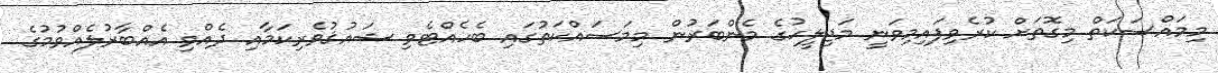
މިމައްސަކަތް މިގޮތަށް ކުރެވިފައިމިވަނީ މަޖިލީހުގެ މެންބަރުން މިމަސައްކަތުގައި ބެހެއްޓެވި ޝައުޤުވެރިކަމާއި ދެއްވި އެއްބާރުލެއްވުމުގެ